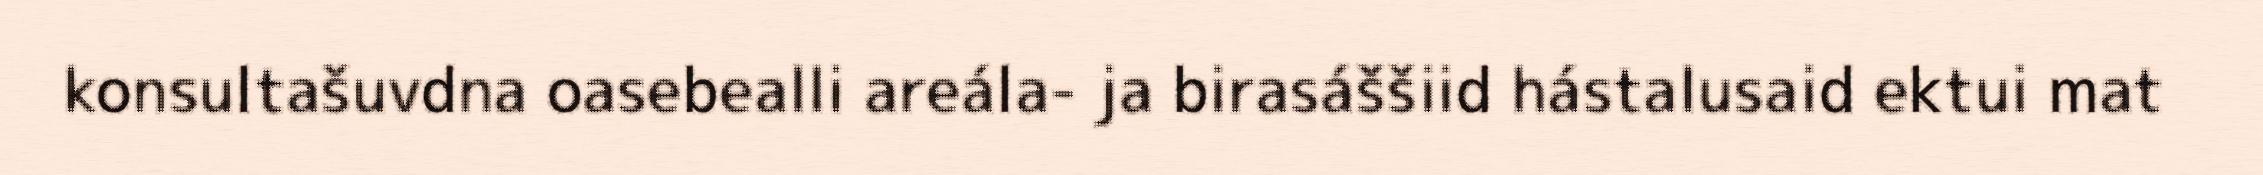
konsultašuvdna oasebealli areála- ja birasáššiid hástalusaid ektui mat